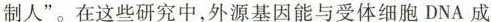
制人”。在这些研究中，外源基因能与受体细胞DNA成